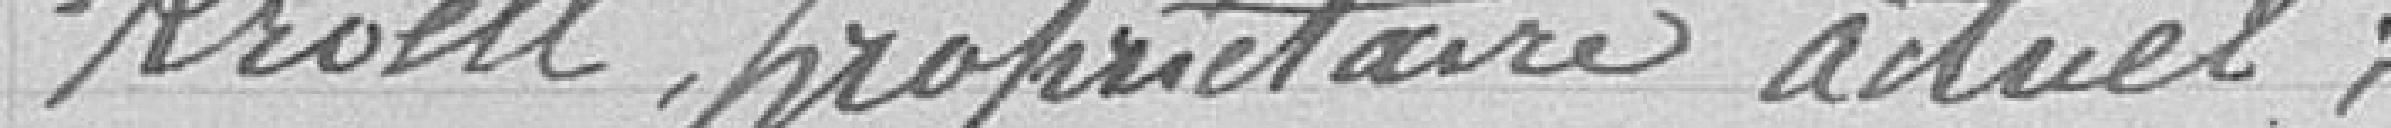
Kroell, propriétaire actuel.